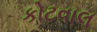
કોટવાલ